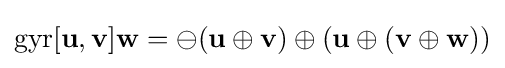
\mathrm {gyr} [\mathbf {u} ,\mathbf {v} ]\mathbf {w} =\ominus (\mathbf {u} \oplus \mathbf {v} )\oplus (\mathbf {u} \oplus (\mathbf {v} \oplus \mathbf {w} ))